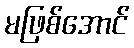
မဖြစ်အောင်